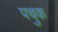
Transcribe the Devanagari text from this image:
पचुक